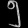
Digit: ၅